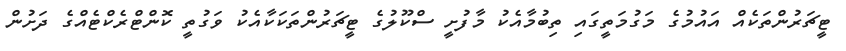
ޓީޗަރުންތަކެއް އައުމުގެ މަގުމަތީގައި ތިބުމާއެކު މާފުށީ ސްކޫލުގެ ޓީޗަރުންތަކަކާއެކު ވަގުތީ ކޮންޓްރެކްޓެއްގެ ދަށުން